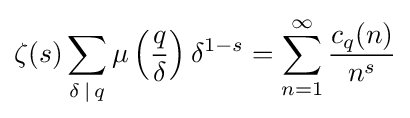
\zeta (s)\sum _{\delta \,\mid \,q}\mu \left({\frac {q}{\delta }}\right)\delta ^{1-s}=\sum _{n=1}^{\infty }{\frac {c_{q}(n)}{n^{s}}}